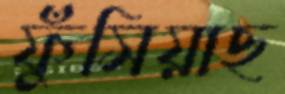
ফুঁসিয়াছ